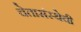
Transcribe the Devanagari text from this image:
चेतासंस्थेची